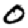
Digit: 0